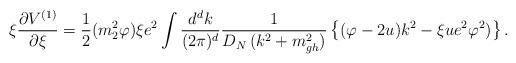
LaTeX: \begin{align*}\xi \frac{\partial V^{(1)}}{\partial \xi }=\frac12(m_2^2\varphi )\xi e^2\int \frac{d^dk}{(2\pi )^d}\frac1{D_N\,(k^2+m_{gh}^2)}\left\{ (\varphi -2u)k^2-\xi ue^2\varphi ^2)\right\}.\end{align*}